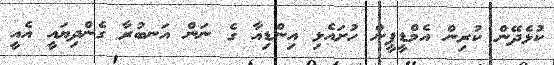
ކުޅެދޭން ކުރިން އެމްޑީޕީން ހުށައެޅި އިންޑިއާ ގެ ނަން އަނބުރާ ގެންދިޔައީ އެއީ